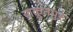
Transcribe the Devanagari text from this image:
याकूतपुर